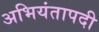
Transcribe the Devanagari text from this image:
अभियंतापदी